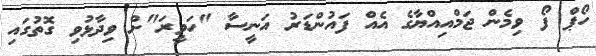
ހޯޕް ފޯ ވިމެން ޖަމްއިއްޔާގެ އެއް ފައުންޑަރު އަނީސާ "ހަވީރަ"ށް ވިދާޅުވި ގޮތުގައި